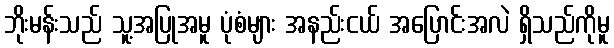
ဘိုးမန်းသည် သူ့အပြုအမူ ပုံစံများ အနည်းငယ် အပြောင်းအလဲ ရှိသည်ကိုမူ